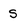
Character: S